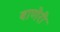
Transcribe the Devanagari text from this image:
बाणेरी